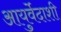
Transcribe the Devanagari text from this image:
आयुर्वेदाशी